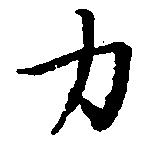
力